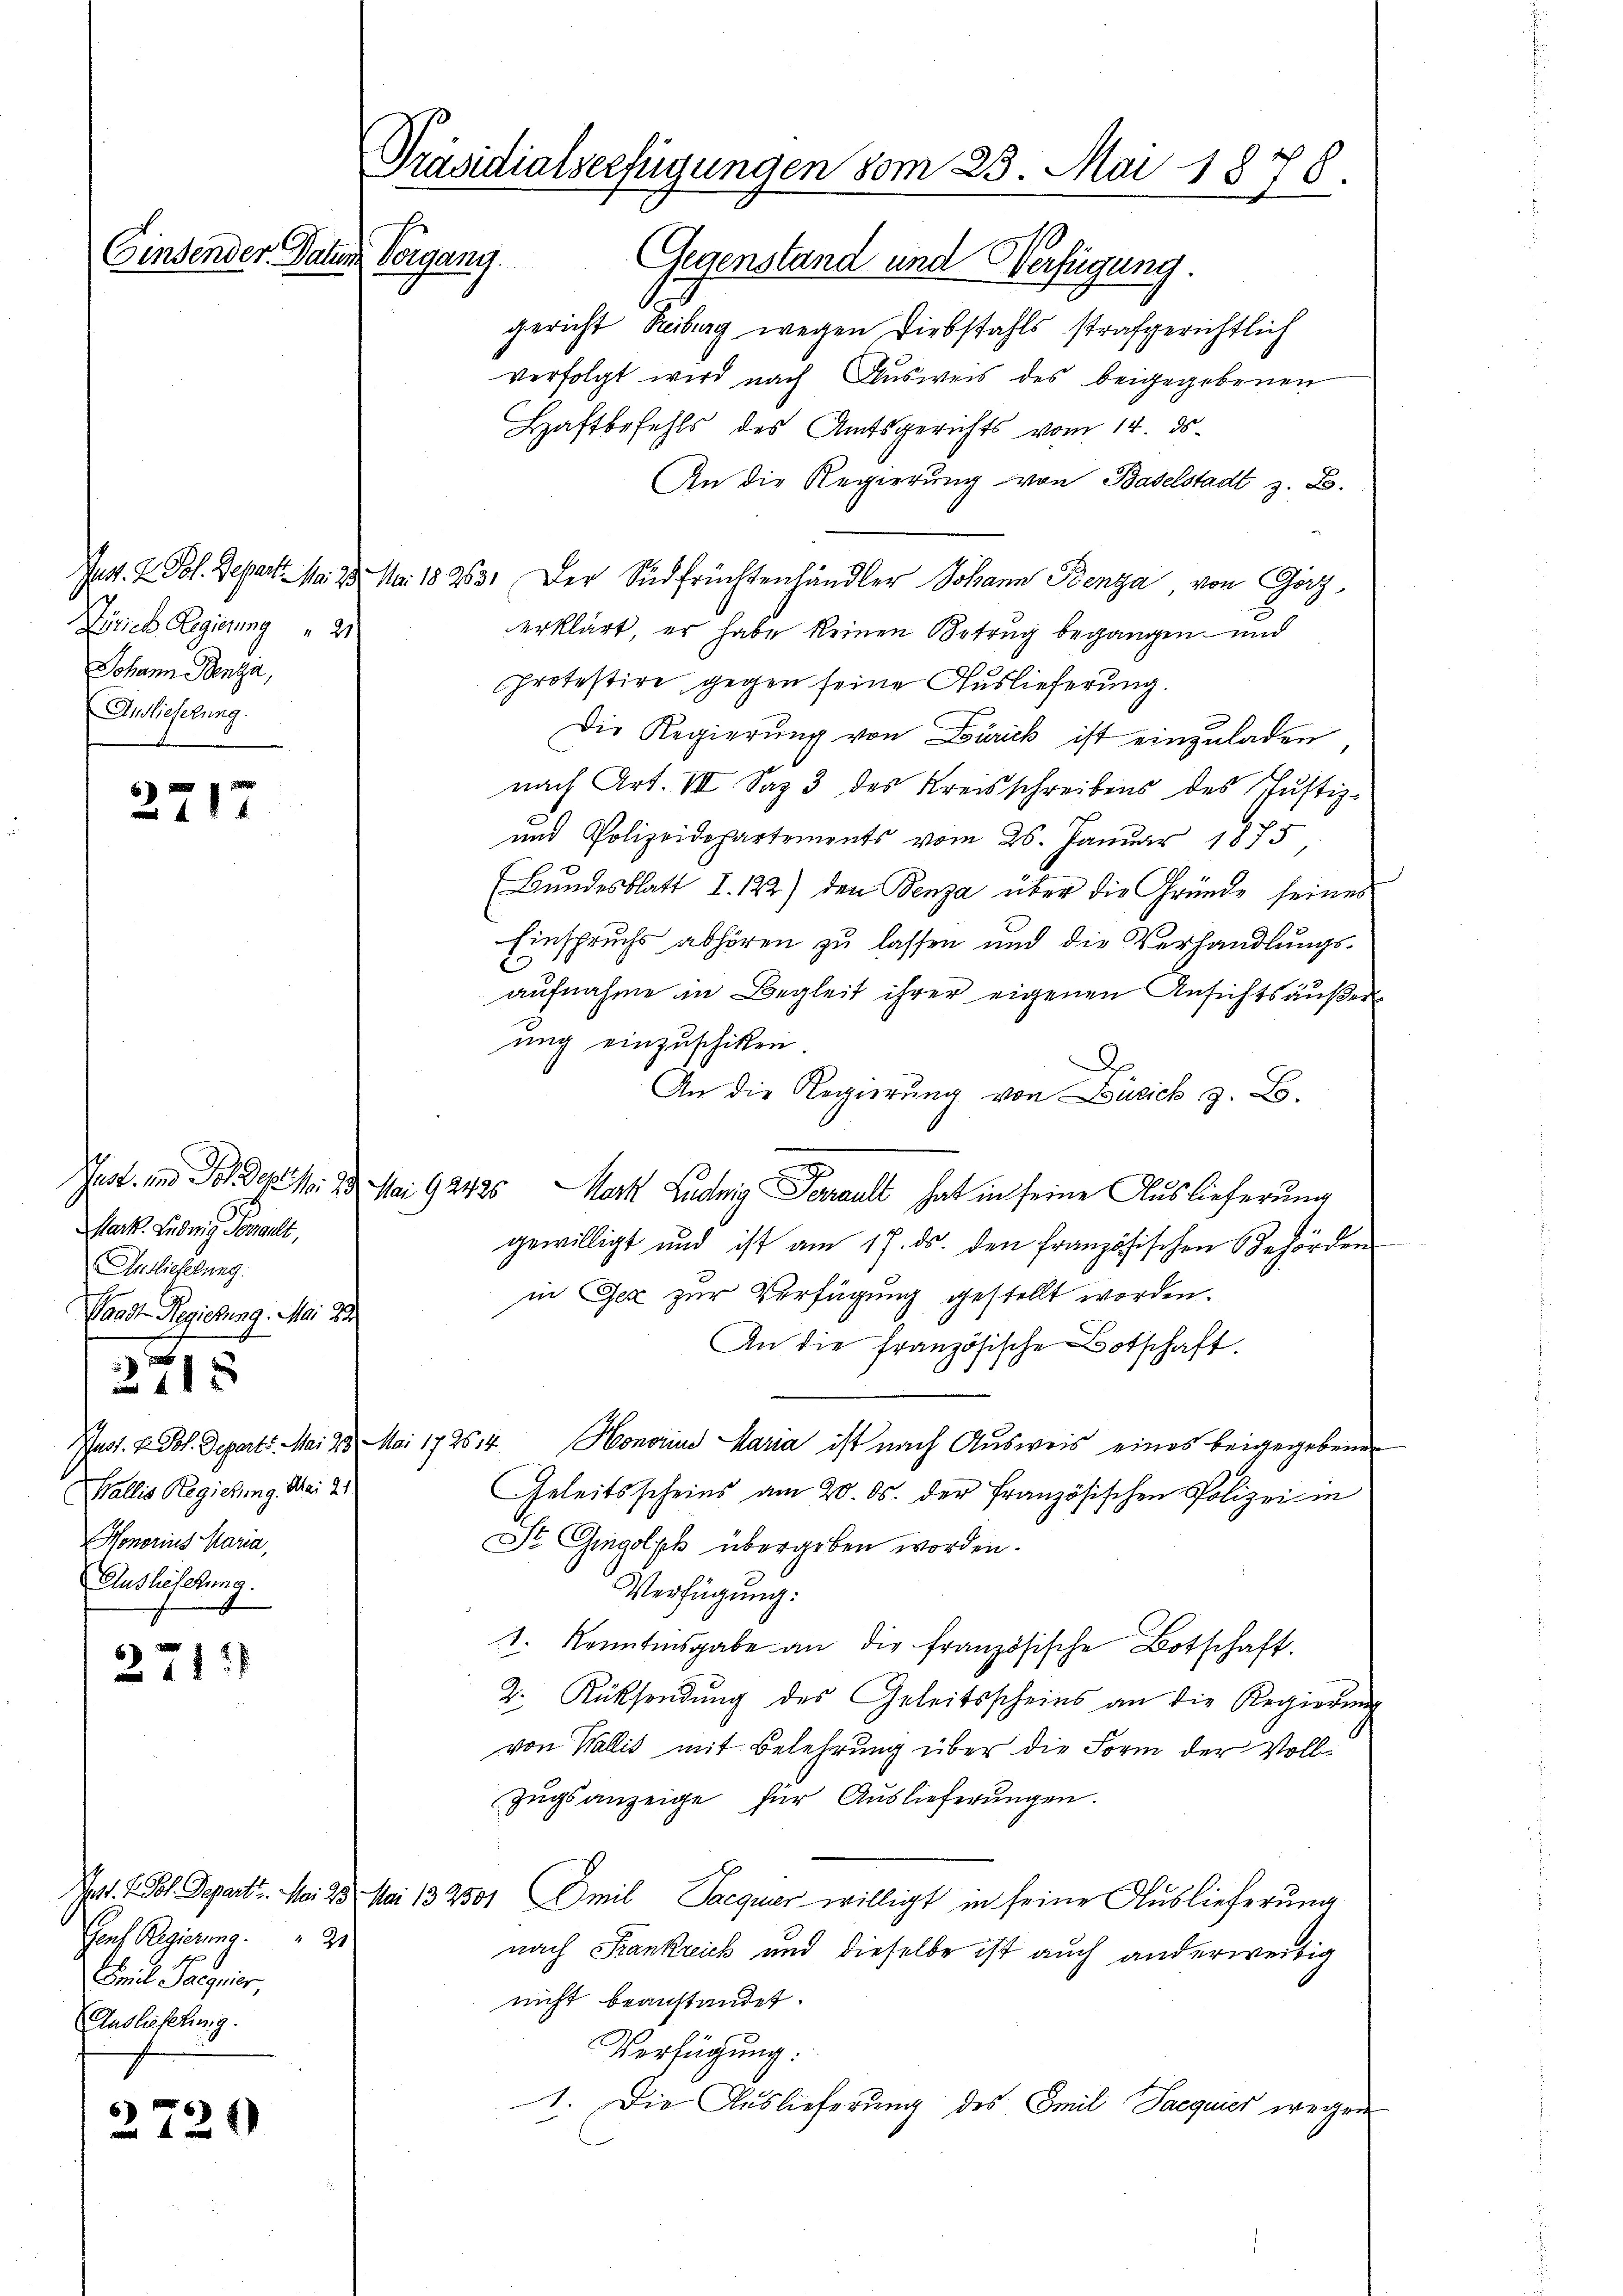
Einsender Datum Vorgang.

2717

Zürich Regierung 2
Johann Penza,
Anslieferung.

Mart. Ludwig Tongeli,
Anlieferung.
Waadt Regierung. Mai 22

Wallis Regierung. Mai 21.
Honorius Maria,
Auslieferung.

271)

.
218

Gonf. Regierung. 21
mil Jaegnier,
Ausliefelung.

2720

Präsidialverfügungen vom 25. Mai 1878.
Gegenstand und Verfügung.
A

gericht Reiburg wegen Diebstahls strafgerichtlich
verfolgt wird nach Ausweis des beigegebenen
Haftbefehls des Amtsgerichts vom 14. ds.
An die Regierung von Baselstadt z. B.
Jus. 2. Fol. Depart No. 23. No. 18263. Der Südfrüchtenhändler Johann Benza von Görzerklärt, er habe keinen Betrug begangen und
Protestire gegen seine Auslieferung.
Die Regierŭng von Zürick ist einzŭladen,
nach Art. VII Saz 3 des Kreisschreibens des Justiz-
und Polizeidepartements vom 26. Januar 1875
(Bŭndesblatt I. 122) den Penza über die Gründe seines
Einspruchs abhören zu lassen und die Verhandlungs-
aufnahme in Begleit ihrer eigenen Ansichtsäußer
ung einzuschiken.
g
An die Regierung von Zürich z. B.
s
Jast. und Sol der N. 23. Mai 92425. Nach Ludwig Ferrault hat in seine Auslieferung
gewilligt und ist am 17. ds. den französischen Behörden
in Gez zur Verfügung gestellt worden.
An die französische Botschaft,
Just. V. Pol. Departs. Mai 23. Mai 172514 Honorius Maria ist nach Ausweis eines beigegebenen
Geleitsscheins am 20. ds. der Französischen Polizei in
St. Gingolph übergeben worden.
Verfügung:
1. Kenntnisgabe an die französische Botschaft.
2. Rücksendung des Geleitsscheins an die Regierung
von Wallis mit Belehrung über die Form der Voll¬
Zugsanzeige für Auslieferungen.
Jett. + Dol. Depart. Mai 25. Mai 132301 Emil Jacquer willigt in seine Auslieferung
nach Krankreich und dieselbe ist auch anderweitig
nicht beanstandet.
Verfügung.
1. Die Auslieferung des Emil Jacquier wegen